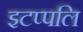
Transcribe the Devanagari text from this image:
इटप्पलि